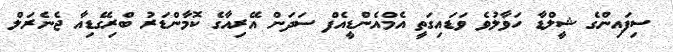
ސިފައިންގެ ޝީލްޑާ ހަވާލުވެ ވަޑައިގަތީ އެމްއެންޑީއެފް ސަދަން އޭރިއާގެ ކޮމާންޑަރު ބްރިގޭޑިއާ ޖެނެރަލް